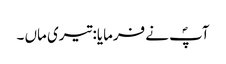
آپؐ نے فرمایا: تیری ماں ۔